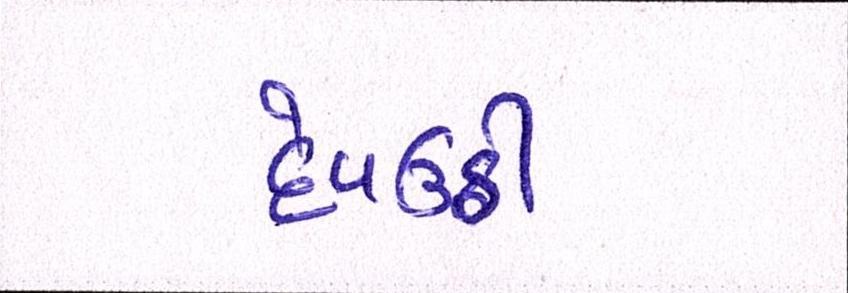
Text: દેવઉઠી